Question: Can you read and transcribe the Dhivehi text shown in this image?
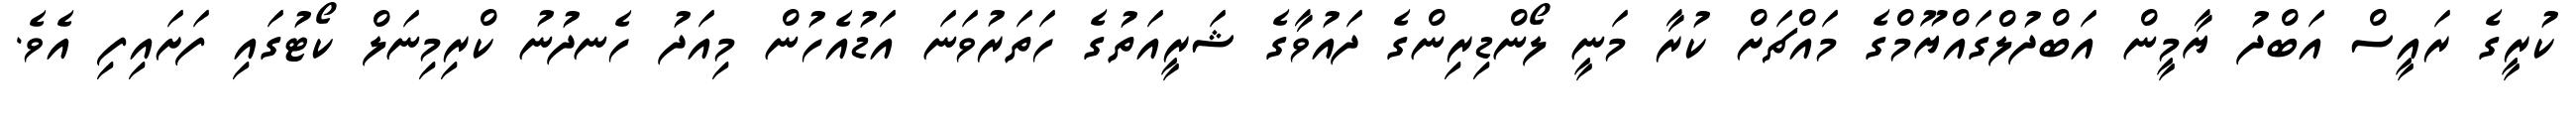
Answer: ކުރީގެ ރައީސް އަބްދު ޔާމީން އަބްދުލްގައްޔޫމްގެ މައްޗަށް ކުރާ މަނީ ލޯންޑިރިންގެ ދައުވާގެ ޝަރީއަތުގެ ހަތަރުވަނަ އަޑުއެހުން މިއަދު ހެނދުނު ކްރިމިނަލް ކޯޓުގައި ފަށައިފި އެވެ.